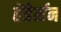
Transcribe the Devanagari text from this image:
हेंडेर्सन